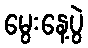
မွေးနေ့ပွဲ